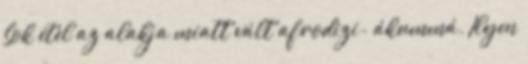
Sok étel az alakja miatt vált afrodizi- ákummá. Ilyen